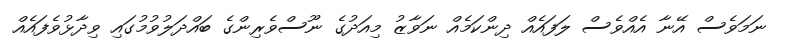
ނަމަވެސް އޭނާ އެއްވެސް ލަފައެއް ދިންކަމެއް ނަވާޒު މިއަދުގެ ނޫސްވެރިންގެ ބައްދަލުވުމުގައި ވިދާޅުވެފައެއް